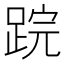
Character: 𨁚